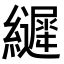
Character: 𮉙